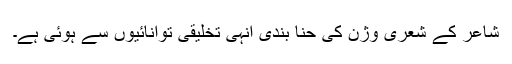
شاعر کے شعری وژن کی حنا بندی انہی تخلیقی توانائیوں سے ہوئی ہے۔